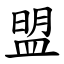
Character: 盟